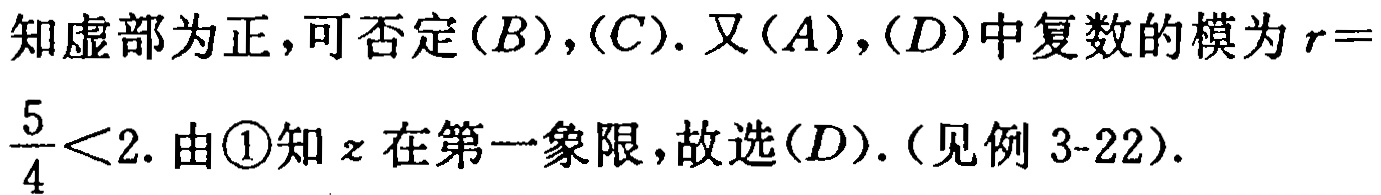
知虚部为正，可否定$(B),(C).$ 又$(A),(D)$中复数的模为$r = \frac{5}{4}<2.$ 由\textcircled{1}知$z$在第一象限，故选$(D).$（见例 3-22）.